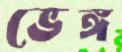
ভেঙ্গ